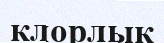
клорлық